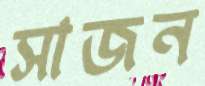
সাজন